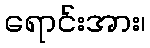
ရောင်းအား၊